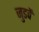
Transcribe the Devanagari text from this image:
जुडवें